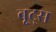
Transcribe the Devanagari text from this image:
बू्ट्स